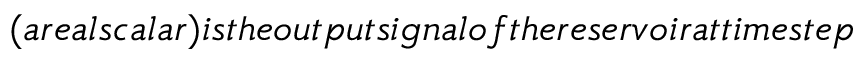
( a r e a l s c a l a r ) i s t h e o u t p u t s i g n a l o f t h e r e s e r v o i r a t t i m e s t e p